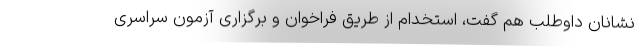
‌نشانان داوطلب هم گفت، استخدام از طریق فراخوان و برگزاری آزمون سراسری